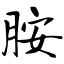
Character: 胺